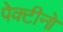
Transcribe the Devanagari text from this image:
पेक्टीनो